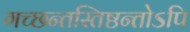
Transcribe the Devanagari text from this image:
गच्छन्तस्तिष्ठन्तोऽपि